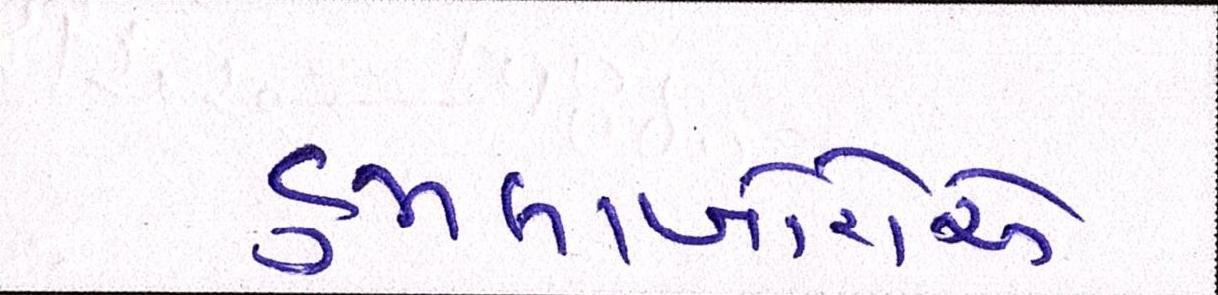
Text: હુમલાખોરોએ